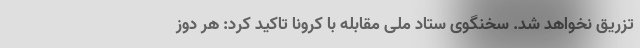
تزریق نخواهد شد. سخنگوی ستاد ملی مقابله با کرونا تاکید کرد: هر دوز